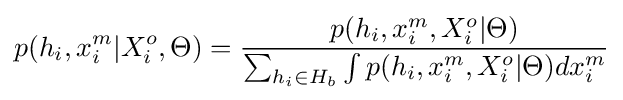
p(h_{i},x_{i}^{m}|X_{i}^{o},\Theta )={\frac {p(h_{i},x_{i}^{m},X_{i}^{o}|\Theta )}{\textstyle \sum _{h_{i}\in H_{b}}\int p(h_{i},x_{i}^{m},X_{i}^{o}|\Theta )dx_{i}^{m}}}